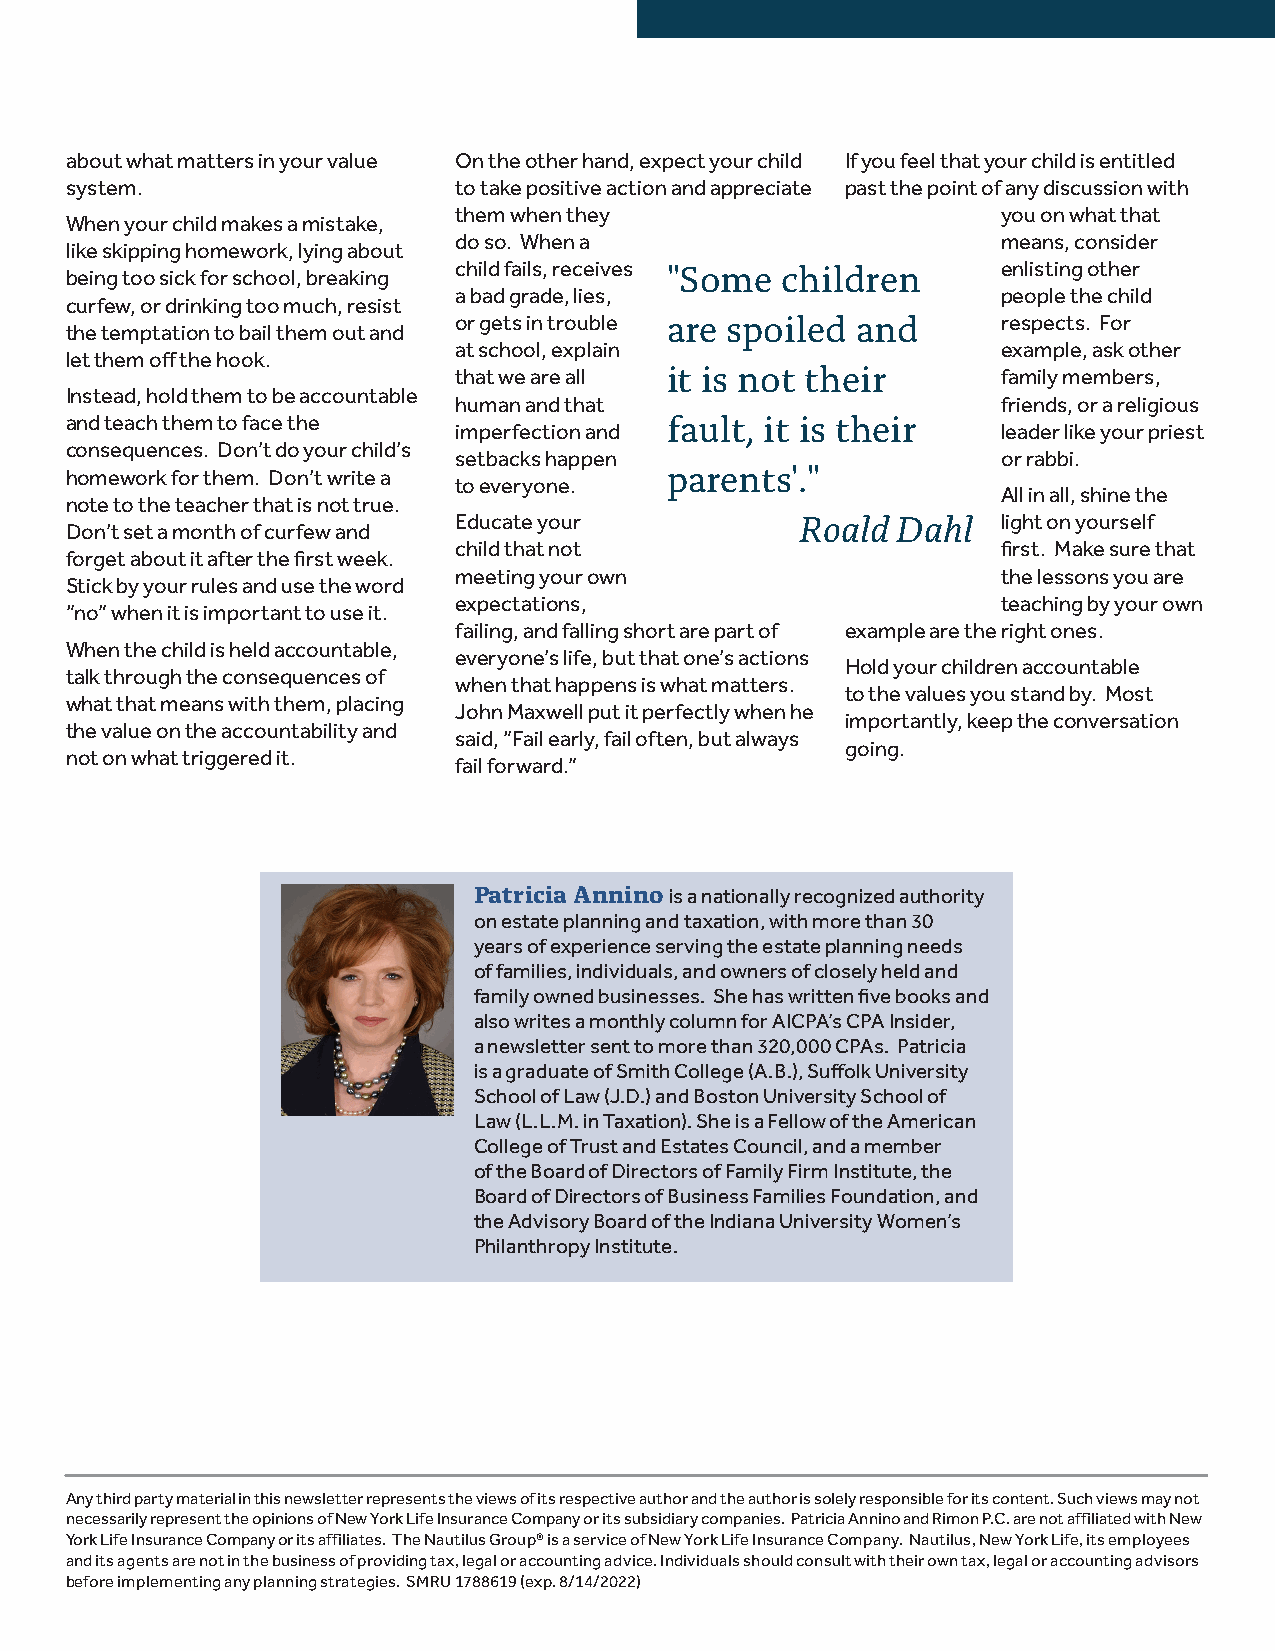
about what matters in your value On the other hand, expect your child If you feel that your child is entitled
 system.                   to take positive action and appreciate past the point of any discussion with
 them when they                      you on what that
 When your child makes a mistake,
 do so. When a                       means, consider
 like skipping homework, lying about
 being too sick for school, breaking child fails, receives "Some children enlisting other
 a bad grade, lies,                  people the child
 curfew, or drinking too much, resist
 or gets in trouble are spoiled and  respects. For
 the temptation to bail them out and
 at school, explain                  example, ask other
 let them off the hook.
 that we are all it is not their     family members,
 Instead, hold them to be accountable
 human and that                      friends, or a religious
 and teach them to face the              fault, it is their
 imperfection and                    leader like your priest
 consequences. Don’t do your child’s
 setbacks happen                     or rabbi.
 homework for them. Don’t write a        parents'."
 to everyone.
 All in all, shine the
 note to the teacher that is not true.
 Educate your           Roald Dahl   light on yourself
 Don’t set a month of curfew and
 child that not                      first. Make sure that
 forget about it after the first week.
 meeting your own                    the lessons you are
 Stick by your rules and use the word
 expectations,                       teaching by your own
 “no” when it is important to use it.
 failing, and falling short are part of example are the right ones.
 When the child is held accountable,
 everyone’s life, but that one’s actions
 Hold your children accountable
 talk through the consequences of
 when that happens is what matters.
 to the values you stand by. Most
 what that means with them, placing
 John Maxwell put it perfectly when he
 importantly, keep the conversation
 the value on the accountability and
 said, “Fail early, fail often, but always
 going.
 not on what triggered it.
 fail forward.”
 Patricia Annino is a nationally recognized authority
 on estate planning and taxation, with more than 30
 years of experience serving the estate planning needs
 of families, individuals, and owners of closely held and
 family owned businesses. She has written five books and
 also writes a monthly column for AICPA’s CPA Insider,
 a newsletter sent to more than 320,000 CPAs. Patricia
 is a graduate of Smith College (A.B.), Suffolk University
 School of Law (J.D.) and Boston University School of
 Law (L.L.M. in Taxation). She is a Fellow of the American
 College of Trust and Estates Council, and a member
 of the Board of Directors of Family Firm Institute, the
 Board of Directors of Business Families Foundation, and
 the Advisory Board of the Indiana University Women’s
 Philanthropy Institute.
 Any third party material in this newsletter represents the views of its respective author and the author is solely responsible for its content. Such views may not
 necessarily represent the opinions of New York Life Insurance Company or its subsidiary companies. Patricia Annino and Rimon P.C. are not affiliated with New
 York Life Insurance Company or its affiliates. The Nautilus Group® is a service of New York Life Insurance Company. Nautilus, New York Life, its employees
 and its agents are not in the business of providing tax, legal or accounting advice. Individuals should consult with their own tax, legal or accounting advisors
 before implementing any planning strategies. SMRU 1788619 (exp. 8/14/2022)